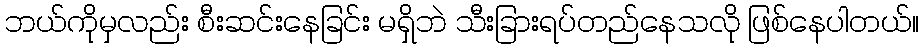
ဘယ်ကိုမှလည်း စီးဆင်းနေခြင်း မရှိဘဲ သီးခြားရပ်တည်နေသလို ဖြစ်နေပါတယ်။